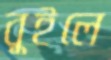
বুইলে